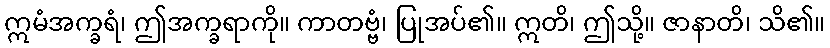
ဣမံအက္ခရံ၊ ဤအက္ခရာကို။ ကာတဗ္ဗံ၊ ပြုအပ်၏။ ဣတိ၊ ဤသို့။ ဇာနာတိ၊ သိ၏။